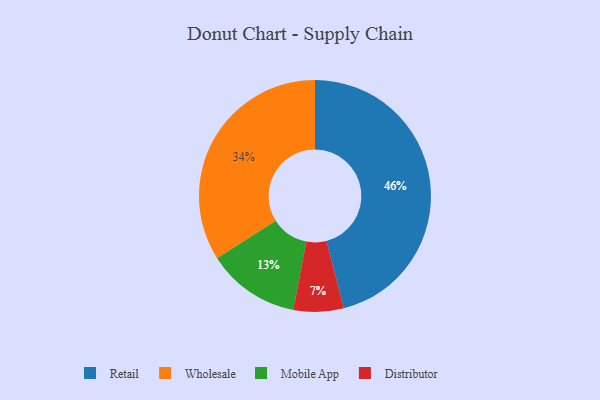
{"axis": {"x": "Category", "y": "Percentage"}, "legend": ["Distributor", "Mobile App", "Retail", "Wholesale"], "data": [{"x": "Mobile App", "y": 13, "type": "Mobile App"}, {"x": "Wholesale", "y": 34, "type": "Wholesale"}, {"x": "Retail", "y": 46, "type": "Retail"}, {"x": "Distributor", "y": 7, "type": "Distributor"}]}